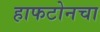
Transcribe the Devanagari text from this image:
हाफटोनचा